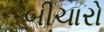
બીચારો